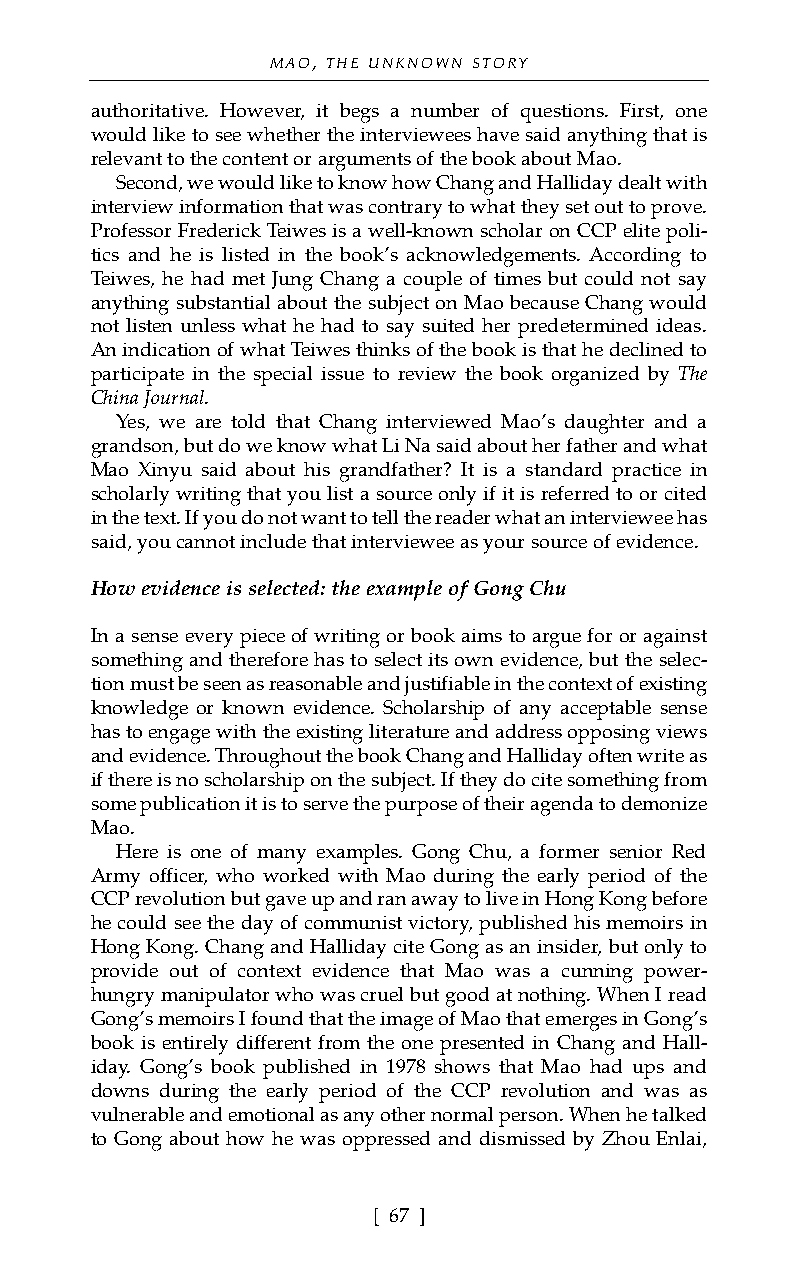
MAO, THE UNKNOWN STORY
 authoritative. However, it begs a number of questions. First, one
 would like to see whether the interviewees have said anything that is
 relevant to the content or arguments of the book about Mao.
 Second, we would like to know how Chang and Halliday dealt with
 interview information that was contrary to what they set out to prove.
 Professor Frederick Teiwes is a well-known scholar on CCP elite poli-
 tics and he is listed in the book’s acknowledgements. According to
 Teiwes, he had met Jung Chang a couple of times but could not say
 anything substantial about the subject on Mao because Chang would
 not listen unless what he had to say suited her predetermined ideas.
 An indication of what Teiwes thinks of the book is that he declined to
 participate in the special issue to review the book organized by The
 China Journal.
 Yes, we are told that Chang interviewed Mao’s daughter and a
 grandson, but do we know what Li Na said about her father and what
 Mao Xinyu said about his grandfather? It is a standard practice in
 scholarly writing that you list a source only if it is referred to or cited
 in the text. If you do not want to tell the reader what an interviewee has
 said, you cannot include that interviewee as your source of evidence.
 How evidence is selected: the example of Gong Chu
 In a sense every piece of writing or book aims to argue for or against
 something and therefore has to select its own evidence, but the selec-
 tion must be seen as reasonable and justifiable in the context of existing
 knowledge or known evidence. Scholarship of any acceptable sense
 has to engage with the existing literature and address opposing views
 and evidence. Throughout the book Chang and Halliday often write as
 if there is no scholarship on the subject. If they do cite something from
 some publication it is to serve the purpose of their agenda to demonize
 Mao.
 Here is one of many examples. Gong Chu, a former senior Red
 Army officer, who worked with Mao during the early period of the
 CCP revolution but gave up and ran away to live in Hong Kong before
 he could see the day of communist victory, published his memoirs in
 Hong Kong. Chang and Halliday cite Gong as an insider, but only to
 provide out of context evidence that Mao was a cunning power-
 hungry manipulator who was cruel but good at nothing. When I read
 Gong’s memoirs I found that the image of Mao that emerges in Gong’s
 book is entirely different from the one presented in Chang and Hall-
 iday. Gong’s book published in 1978 shows that Mao had ups and
 downs during the early period of the CCP revolution and was as
 vulnerable and emotional as any other normal person. When he talked
 to Gong about how he was oppressed and dismissed by Zhou Enlai,
 [ 67 ]